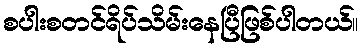
စပါးစတင်ရိပ်သိမ်းနေပြီဖြစ်ပါတယ်။